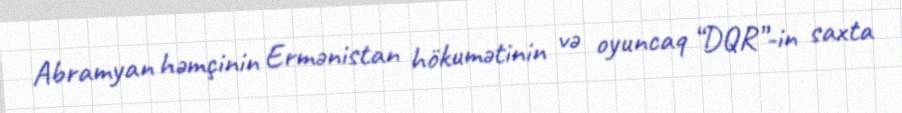
Abramyan həmçinin Ermənistan hökumətinin və oyuncaq “DQR”-in saxta